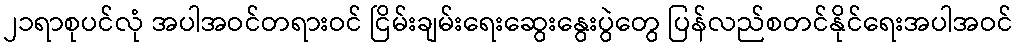
၂၁ရာစုပင်လုံ အပါအဝင်တရားဝင် ငြိမ်းချမ်းရေးဆွေးနွေးပွဲတွေ ပြန်လည်စတင်နိုင်ရေးအပါအဝင်